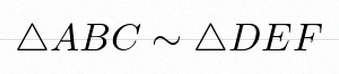
\triangle ABC\sim\triangle DEF